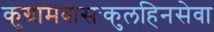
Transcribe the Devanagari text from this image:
कुग्रामवासःकुलहिनसेवा